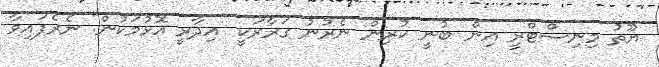
ޔޫތު މިނިސްޓްރީ އިން ބުނީ ކުރިން ނެރުނު ގަރާރަކީ "އިދާރީ އޮޅުމަކުން" ނެރެފައިވާ